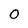
Character: O